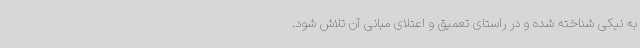
به نیکی شناخته شده و در راستای تعمیق و اعتلای مبانی آن تلاش شود.